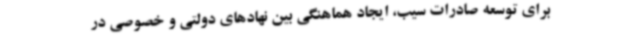
برای توسعه صادرات سیب، ایجاد هماهنگی بین نهادهای دولتی و خصوصی در